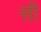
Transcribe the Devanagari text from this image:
सी